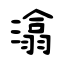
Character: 潝